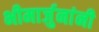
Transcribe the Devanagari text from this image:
भीमार्जुनांनी